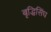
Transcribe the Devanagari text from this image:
बृद्धिसिंघ